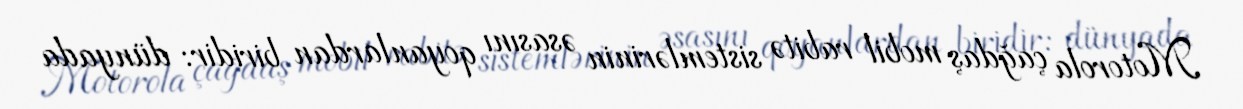
Motorola çağdaş mobil rabitə sistemlərinin əsasını qoyanlardan biridir: dünyada